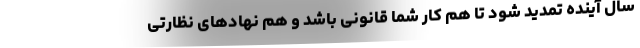
سال آینده تمدید شود تا هم کار شما قانونی باشد و هم نهادهای نظارتی